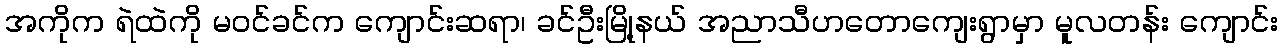
အကိုက ရဲထဲကို မဝင်ခင်က ကျောင်းဆရာ၊ ခင်ဦးမြို့နယ် အညာသီဟတောကျေးရွာမှာ မူလတန်း ကျောင်း